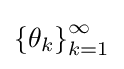
\left\{\theta _{k}\right\}_{k=1}^{\infty }